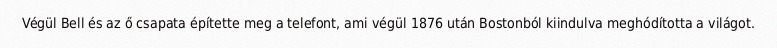
Végül Bell és az ő csapata építette meg a telefont, ami végül 1876 után Bostonból kiindulva meghódította a világot.